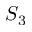
S _ { 3 }